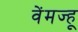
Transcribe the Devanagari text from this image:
वेंमज्हू